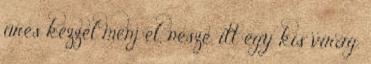
üres kézzel menj el, nesze, itt egy kis virág,